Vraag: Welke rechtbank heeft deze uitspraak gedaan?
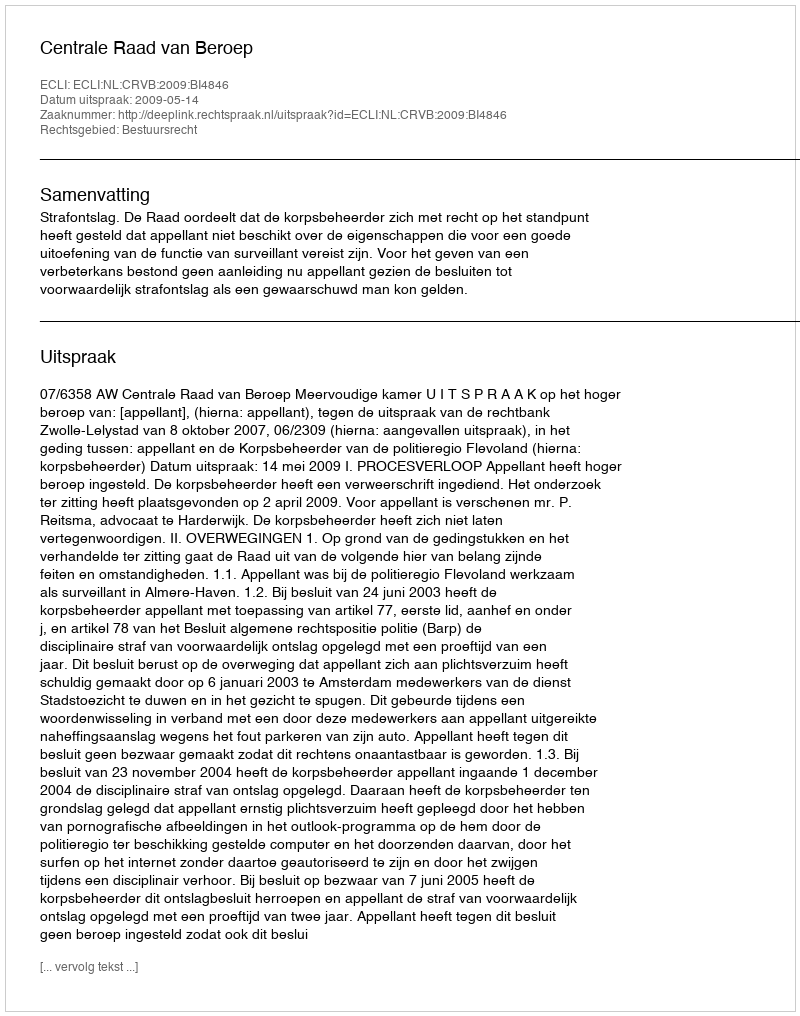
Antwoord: Centrale Raad van Beroep